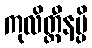
ကုလိတ္ထီနမ္ပိ